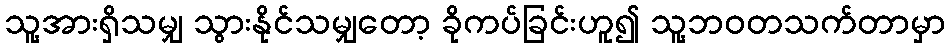
သူ့အားရှိသမျှ သွားနိုင်သမျှတော့ ခိုကပ်ခြင်းဟူ၍ သူ့ဘဝတသက်တာမှာ